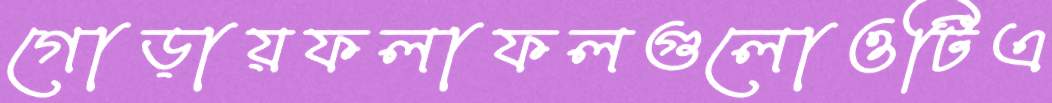
গোড়ায়ফলাফলগুলোওটিএ